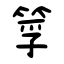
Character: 筟